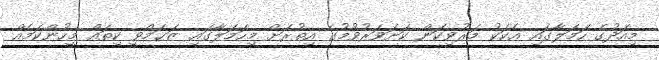
މިއަދުގެ ހަމަލާގައި އެކަކު މަރުވިކަން ކަށަވަރުވުމުގެ އިތުރަށް މިހަމަލާގައި ޒަޚަމްވީ ކިތައް މީހުންކަމެއް